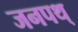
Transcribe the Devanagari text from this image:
जनपथ्